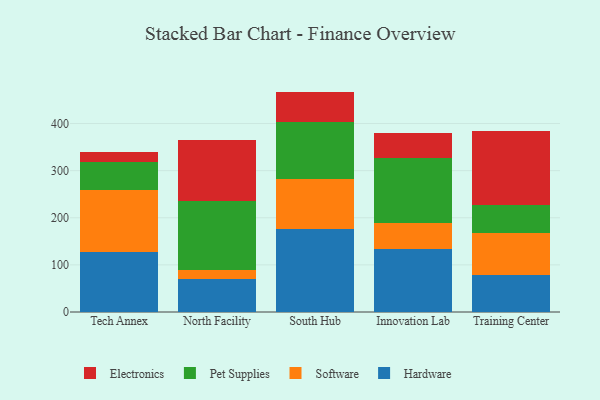
{"axis": {"x": "Campus", "y": "Customer Acquisition Cost (USD)"}, "legend": ["Electronics", "Hardware", "Pet Supplies", "Software"], "data": [{"x": "Tech Annex", "y": 126.8, "type": "Hardware"}, {"x": "Tech Annex", "y": 132.8, "type": "Software"}, {"x": "Tech Annex", "y": 58.0, "type": "Pet Supplies"}, {"x": "Tech Annex", "y": 22.1, "type": "Electronics"}, {"x": "North Facility", "y": 70.7, "type": "Hardware"}, {"x": "North Facility", "y": 18.5, "type": "Software"}, {"x": "North Facility", "y": 145.6, "type": "Pet Supplies"}, {"x": "North Facility", "y": 129.6, "type": "Electronics"}, {"x": "South Hub", "y": 177.2, "type": "Hardware"}, {"x": "South Hub", "y": 104.8, "type": "Software"}, {"x": "South Hub", "y": 122.0, "type": "Pet Supplies"}, {"x": "South Hub", "y": 63.8, "type": "Electronics"}, {"x": "Innovation Lab", "y": 134.0, "type": "Hardware"}, {"x": "Innovation Lab", "y": 55.7, "type": "Software"}, {"x": "Innovation Lab", "y": 137.4, "type": "Pet Supplies"}, {"x": "Innovation Lab", "y": 52.8, "type": "Electronics"}, {"x": "Training Center", "y": 79.3, "type": "Hardware"}, {"x": "Training Center", "y": 88.9, "type": "Software"}, {"x": "Training Center", "y": 58.1, "type": "Pet Supplies"}, {"x": "Training Center", "y": 158.7, "type": "Electronics"}]}